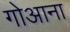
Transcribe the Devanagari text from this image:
गोआना